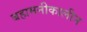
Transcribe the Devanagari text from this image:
बहामनीकालीन